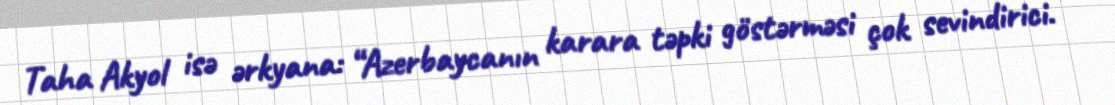
Taha Akyol isə ərkyana: “Azerbaycanın karara təpki göstərməsi çok sevindirici.